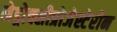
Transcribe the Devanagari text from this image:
मेड्रोक्सीप्रोजेस्टेरोन